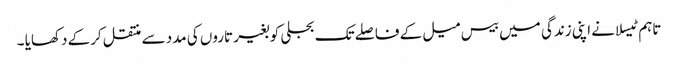
تاہم ٹیسلا نے اپنی زندگی میں بیس میل کے فاصلے تک بجلی کو بغیر تاروں کی مدد سے منتقل کرکے دکھایا ۔